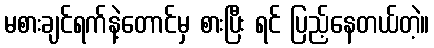
မစားချင်ရက်နဲ့တောင်မှ စားပြီး ရင် ပြည့်နေတယ်တဲ့။